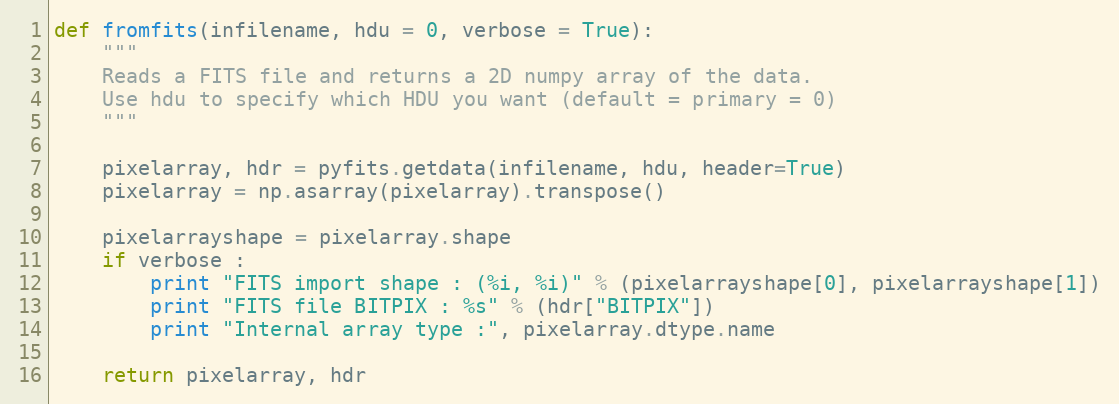
Language: Python
def fromfits(infilename, hdu = 0, verbose = True):
    """
    Reads a FITS file and returns a 2D numpy array of the data.
    Use hdu to specify which HDU you want (default = primary = 0)
    """

    pixelarray, hdr = pyfits.getdata(infilename, hdu, header=True)
    pixelarray = np.asarray(pixelarray).transpose()

    pixelarrayshape = pixelarray.shape
    if verbose :
        print "FITS import shape : (%i, %i)" % (pixelarrayshape[0], pixelarrayshape[1])
        print "FITS file BITPIX : %s" % (hdr["BITPIX"])
        print "Internal array type :", pixelarray.dtype.name

    return pixelarray, hdr